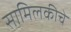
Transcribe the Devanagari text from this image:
सामिलकीचे